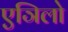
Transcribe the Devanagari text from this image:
एञिलो